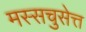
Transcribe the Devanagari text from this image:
मस्सचुसेत्त